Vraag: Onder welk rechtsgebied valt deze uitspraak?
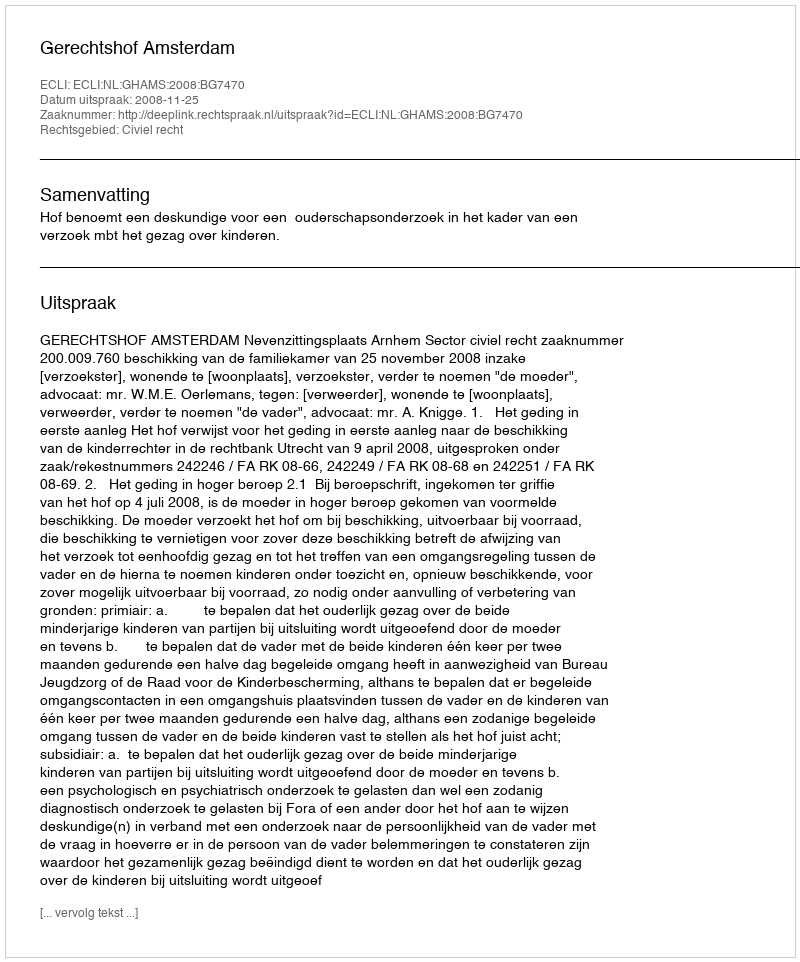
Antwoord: Civiel recht